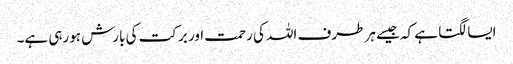
ایسا لگتا ہے کہ جیسے ہر طرف اللہ کی رحمت اور برکت کی بارش ہورہی ہے۔